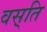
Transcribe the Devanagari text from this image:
वस़्ति